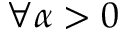
\forall \alpha > 0